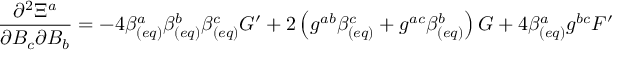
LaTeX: \frac { \partial ^ { 2 } \Xi ^ { a } } { \partial B _ { c } \partial B _ { b } } = - 4 \beta _ { ( e q ) } ^ { a } \beta _ { ( e q ) } ^ { b } \beta _ { ( e q ) } ^ { c } G ^ { \prime } + 2 \left( g ^ { a b } \beta _ { ( e q ) } ^ { c } + g ^ { a c } \beta _ { ( e q ) } ^ { b } \right) G + 4 \beta _ { ( e q ) } ^ { a } g ^ { b c } F ^ { \prime }